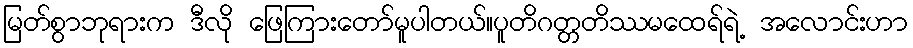
မြတ်စွာဘုရားက ဒီလို ဖြေကြားတော်မူပါတယ်။ပူတိဂတ္တတိဿမထေရ်ရဲ့ အလောင်းဟာ